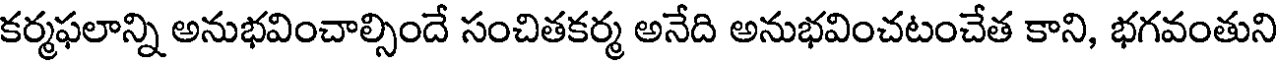
కర్మఫలాన్ని అనుభవించాల్సిందే సంచితకర్మ అనేది అనుభవించటంచేత కాని, భగవంతుని